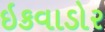
ઇકવાડોર